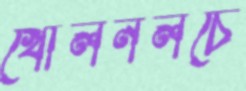
খোলনলচে